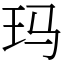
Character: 玛